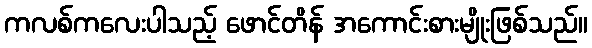
ကလစ်ကလေးပါသည့် ဖောင်တိန် အကောင်းစားမျိုးဖြစ်သည်။